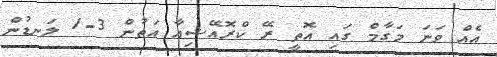
އެއް ވަނަ މަގާމް ގައި އޮތީ ރޭ ކްރޮއޭޝިއާ އަތުން 3-1 ލަނޑުން